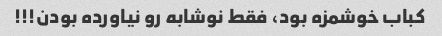
کباب خوشمزه بود، فقط نوشابه رو نیاورده بودن!!!